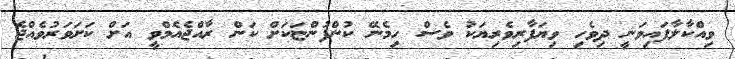
ވިއްކާލާފައިވަނީ ދިވެހި ވިޔަފާރިވެރިޔަކު ވެސް ހިމެނޭ ކުންފުންޏަކަށް ކަން ރާއްޖެއެމްވީ އަށް ކަށަވަރުވެއްޖެ